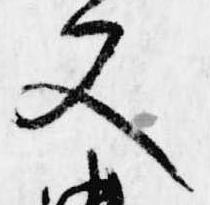
又